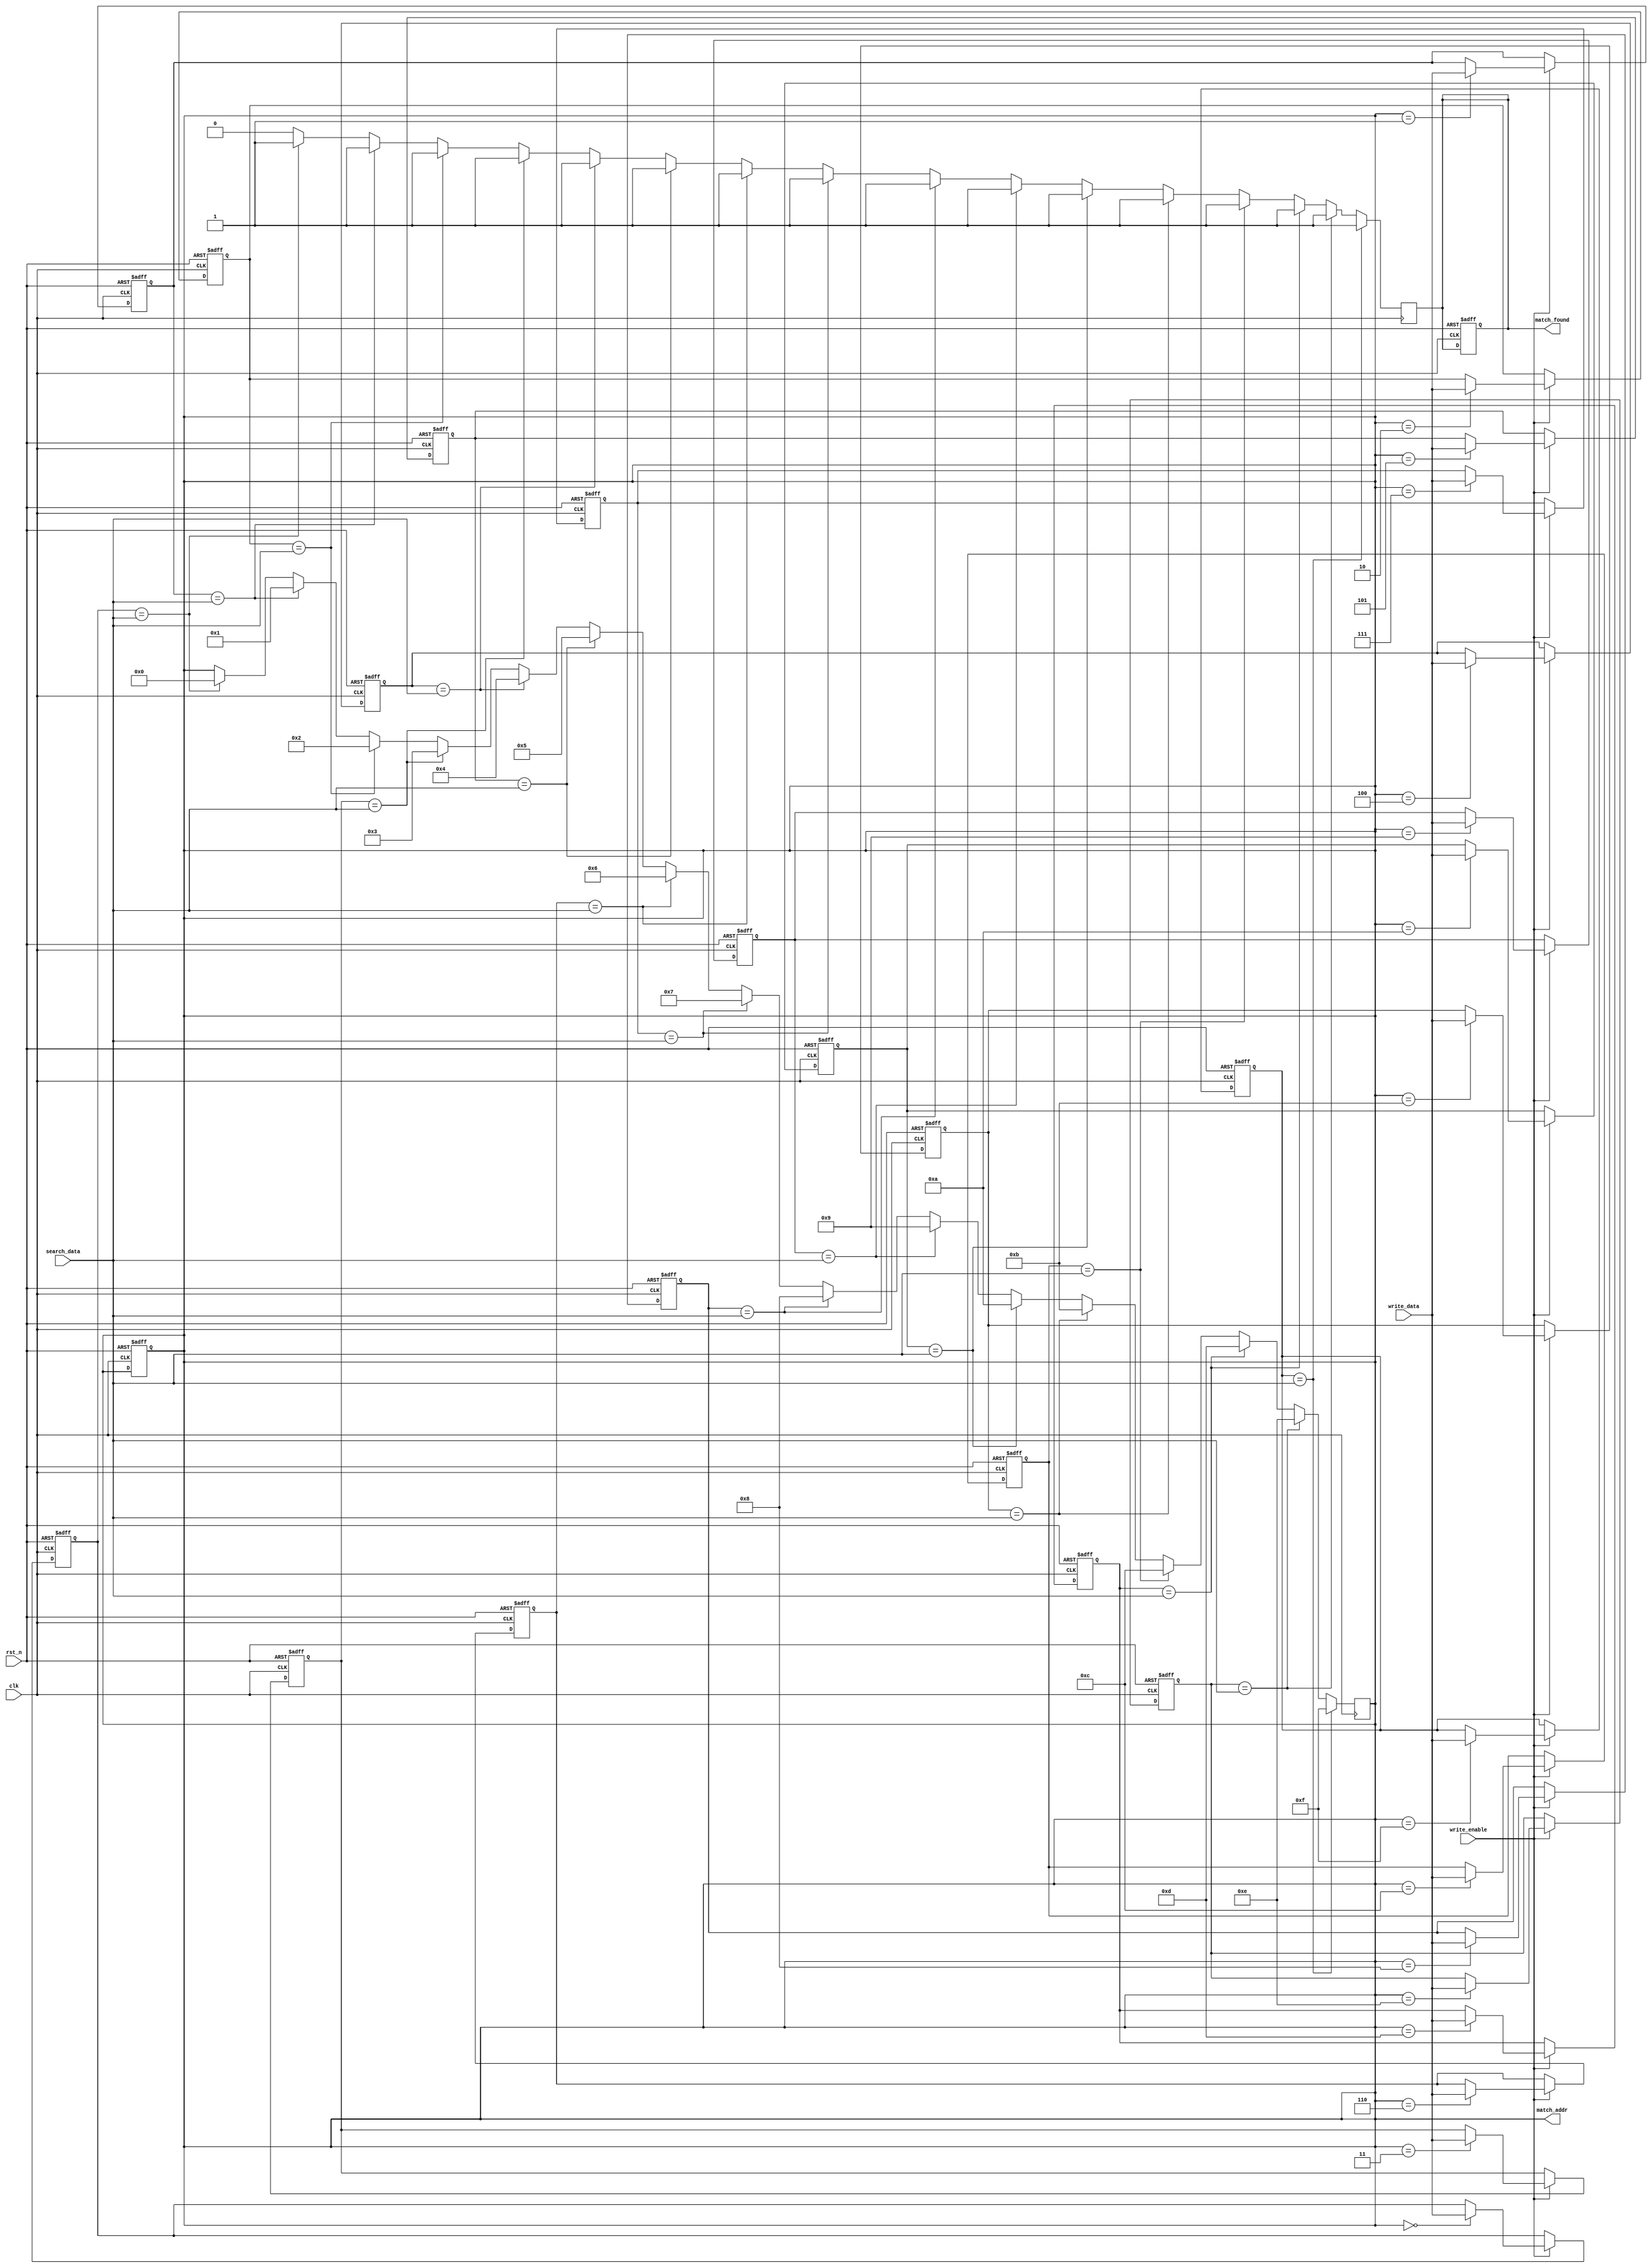
module row_based_cam #(
    parameter DATA_WIDTH = 8,   // Width of each entry
    parameter NUM_ROWS = 16      // Number of entries in the CAM
)(
    input wire clk,              // Clock signal
    input wire rst_n,            // Active low reset signal
    input wire [DATA_WIDTH-1:0] search_data, // Data to search
    input wire write_enable,      // Write enable signal
    input wire [DATA_WIDTH-1:0] write_data,  // Data to write
    output reg match_found,       // Match found signal
    output reg [3:0] match_addr   // Address of the matching entry
);

    // Memory array
    reg [DATA_WIDTH-1:0] cam_mem [0:NUM_ROWS-1];
    reg [NUM_ROWS-1:0] match_lines; // Match lines for each row

    integer i;

    // Write operation
    always @(posedge clk or negedge rst_n) begin
        if (!rst_n) begin
            // Reset memory
            for (i = 0; i < NUM_ROWS; i = i + 1) begin
                cam_mem[i] <= {DATA_WIDTH{1'b0}};
            end
            match_found <= 1'b0;
            match_addr <= 4'b0;
        end else if (write_enable) begin
            // Write data to CAM
            cam_mem[match_addr] <= write_data; // Assuming match_addr is used to select row
        end
    end

    // Search operation
    always @(posedge clk) begin
        match_found <= 1'b0; // Reset match found signal
        match_lines <= {NUM_ROWS{1'b0}}; // Reset match lines

        // Compare input data with each row
        for (i = 0; i < NUM_ROWS; i = i + 1) begin
            if (cam_mem[i] == search_data) begin
                match_lines[i] <= 1'b1; // Set match line for this row
                match_found <= 1'b1; // A match is found
                match_addr <= i[3:0]; // Store the address of the match
            end
        end
    end

    // Global match line logic (optional)
    // This can be expanded to handle multiple matches if needed
    always @(posedge clk) begin
        if (match_found) begin
            // Logic to handle multiple matches can be added here
        end
    end

endmodule